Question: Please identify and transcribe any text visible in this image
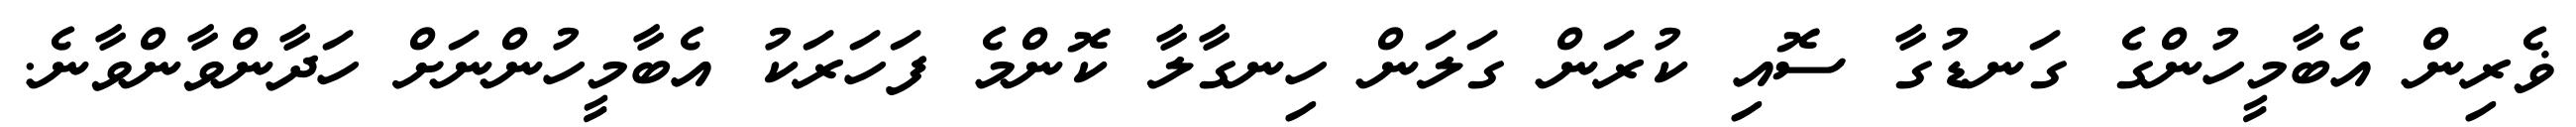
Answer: ޥެރިން އެބާމީހުންގެ ގަނޑުގާ ސޮއި ކުރަން ގަލަން ހިނގާލާ ކޮންމެ ފަހަރަކު އެބާމީހުންނަށް ހަދާންވާންވާނެ.